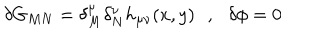
\delta G _ { M N } = \delta _ { M } ^ { \mu } \delta _ { N } ^ { \nu } h _ { \mu \nu } ( x , y ) \, \, \, \, , \, \, \, \, \delta \phi = 0